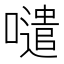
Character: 𱕊